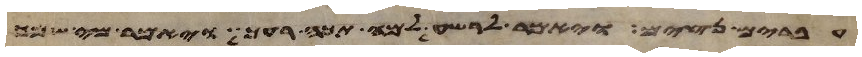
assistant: עברים נצים ויאמר לרשע למה תכה רעך ויאמר מי שמך